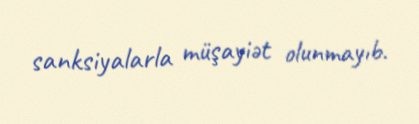
sanksiyalarla müşayiət olunmayıb.